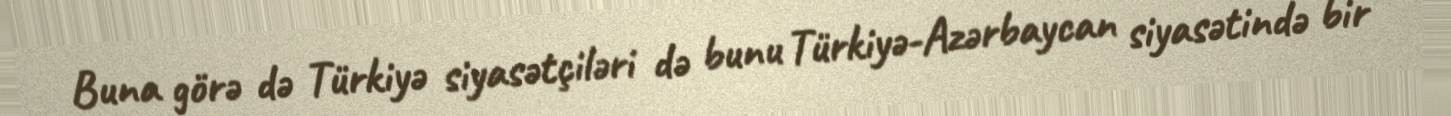
Buna görə də Türkiyə siyasətçiləri də bunu Türkiyə-Azərbaycan siyasətində bir